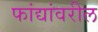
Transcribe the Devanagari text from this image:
फांद्यांवरील